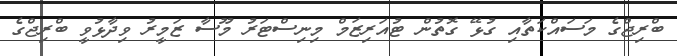
ބްރިޖްގެ މަސައްކަތާއި ގުޅޭ ގޮތުން ޓުއަރިޒަމް މިނިސްޓަރު މޫސާ ޒަމީރު ވިދާޅުވީ ބްރިޖްގެ